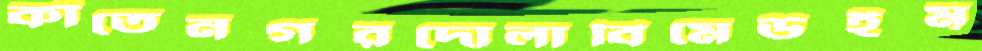
কাঁতেনগরদোলাবিমেউইম্